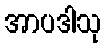
အာပဒါသု